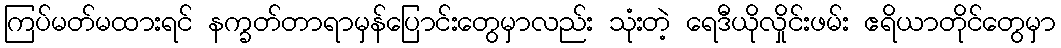
ကြပ်မတ်မထားရင် နက္ခတ်တာရာမှန်ပြောင်းတွေမှာလည်း သုံးတဲ့ ရေဒီယိုလှိုင်းဖမ်း ဧရိယာတိုင်တွေမှာ